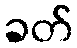
ခတ်